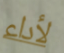
لأداء